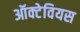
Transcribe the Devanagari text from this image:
ऑक्टेवियस